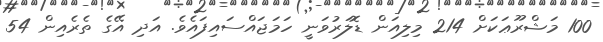
100 މަޝްރޫޢަކަށް 214 މިލިއަން ޑޮލަރުވަނީ ހަމަޖައްސައިފައެވެ. އަދި އޭގެ ތެރެއިން 54